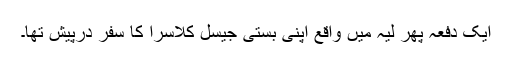
ایک دفعہ پھر لیہ میں واقع اپنی بستی جیسل کلاسرا کا سفر درپیش تھا۔